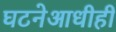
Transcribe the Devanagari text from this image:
घटनेआधीही